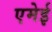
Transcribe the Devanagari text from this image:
एमेई